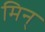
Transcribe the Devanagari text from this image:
मिन्‌